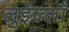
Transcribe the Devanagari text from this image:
लुईज्लाँ